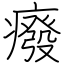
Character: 癈